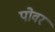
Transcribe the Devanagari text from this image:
पोवर